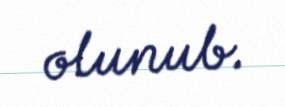
olunub.